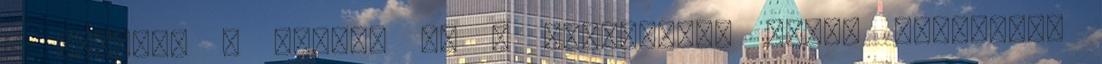
A jogász, a táncos és a bérgyilkos James DiMartino